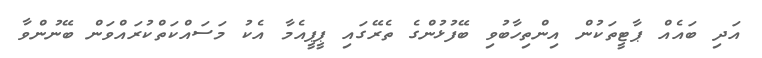
އަދި ބައެއް ޕާޓީތަކުން އިންތިހާބުވި ބޭފުޅުންގެ ތެރޭގައި ޕީޕީއެމާ އެކު މަސައްކަތްކުރައްވަން ބޭނުންވާ